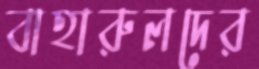
বাহারুলদের